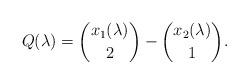
LaTeX: \begin{align*} Q(\lambda) = \binom{x_1(\lambda)}{2} - \binom{x_2(\lambda)}{1}.\end{align*}